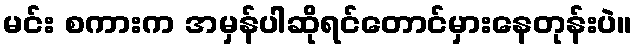
မင်း စကားက အမှန်ပါဆိုရင်တောင်မှားနေတုန်းပဲ။